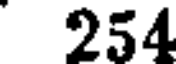
254